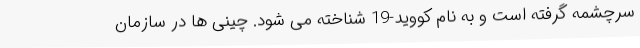
سرچشمه گرفته است و به نام کووید-19 شناخته می شود. چینی ها در سازمان